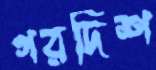
গরদিশ